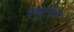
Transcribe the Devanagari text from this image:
स्म्रुतीत